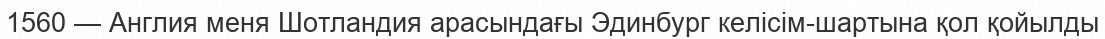
1560 — Англия меня Шотландия арасындағы Эдинбург келісім-шартына қол қойылды